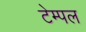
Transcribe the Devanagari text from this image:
टेम्‍पल